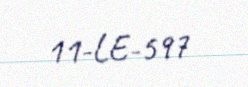
11-LE-597